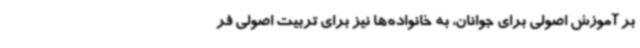
بر آموزش اصولی برای جوانان، به خانواده‌ها نیز برای تربیت اصولی فر